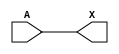
module sky130_fd_sc_lp__bufkapwr_4 (
    X,
    A
);
    output X;
    input  A;
    wire buf0_out_X;
    buf buf0 (buf0_out_X, A              );
    buf buf1 (X         , buf0_out_X     );
endmodule